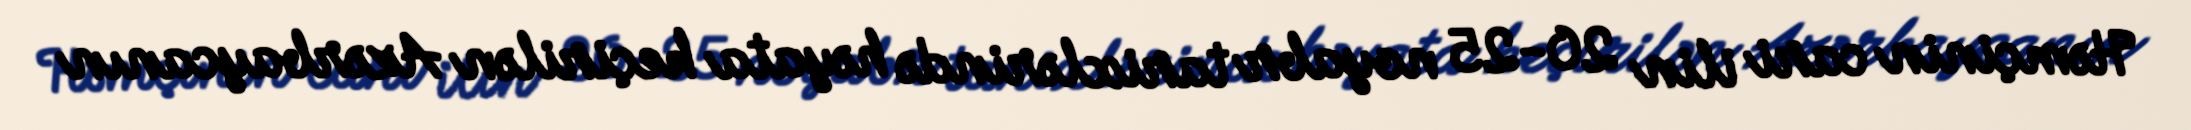
Həmçinin cari ilin 20-25 noyabr tarixlərində həyata keçirilən Azərbaycanın